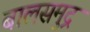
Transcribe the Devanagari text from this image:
बालसमुद्र